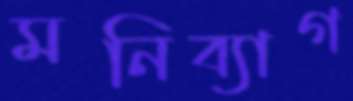
মনিব্যাগ